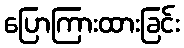
ပြောကြားထားခြင်း